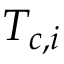
T _ { c , i }